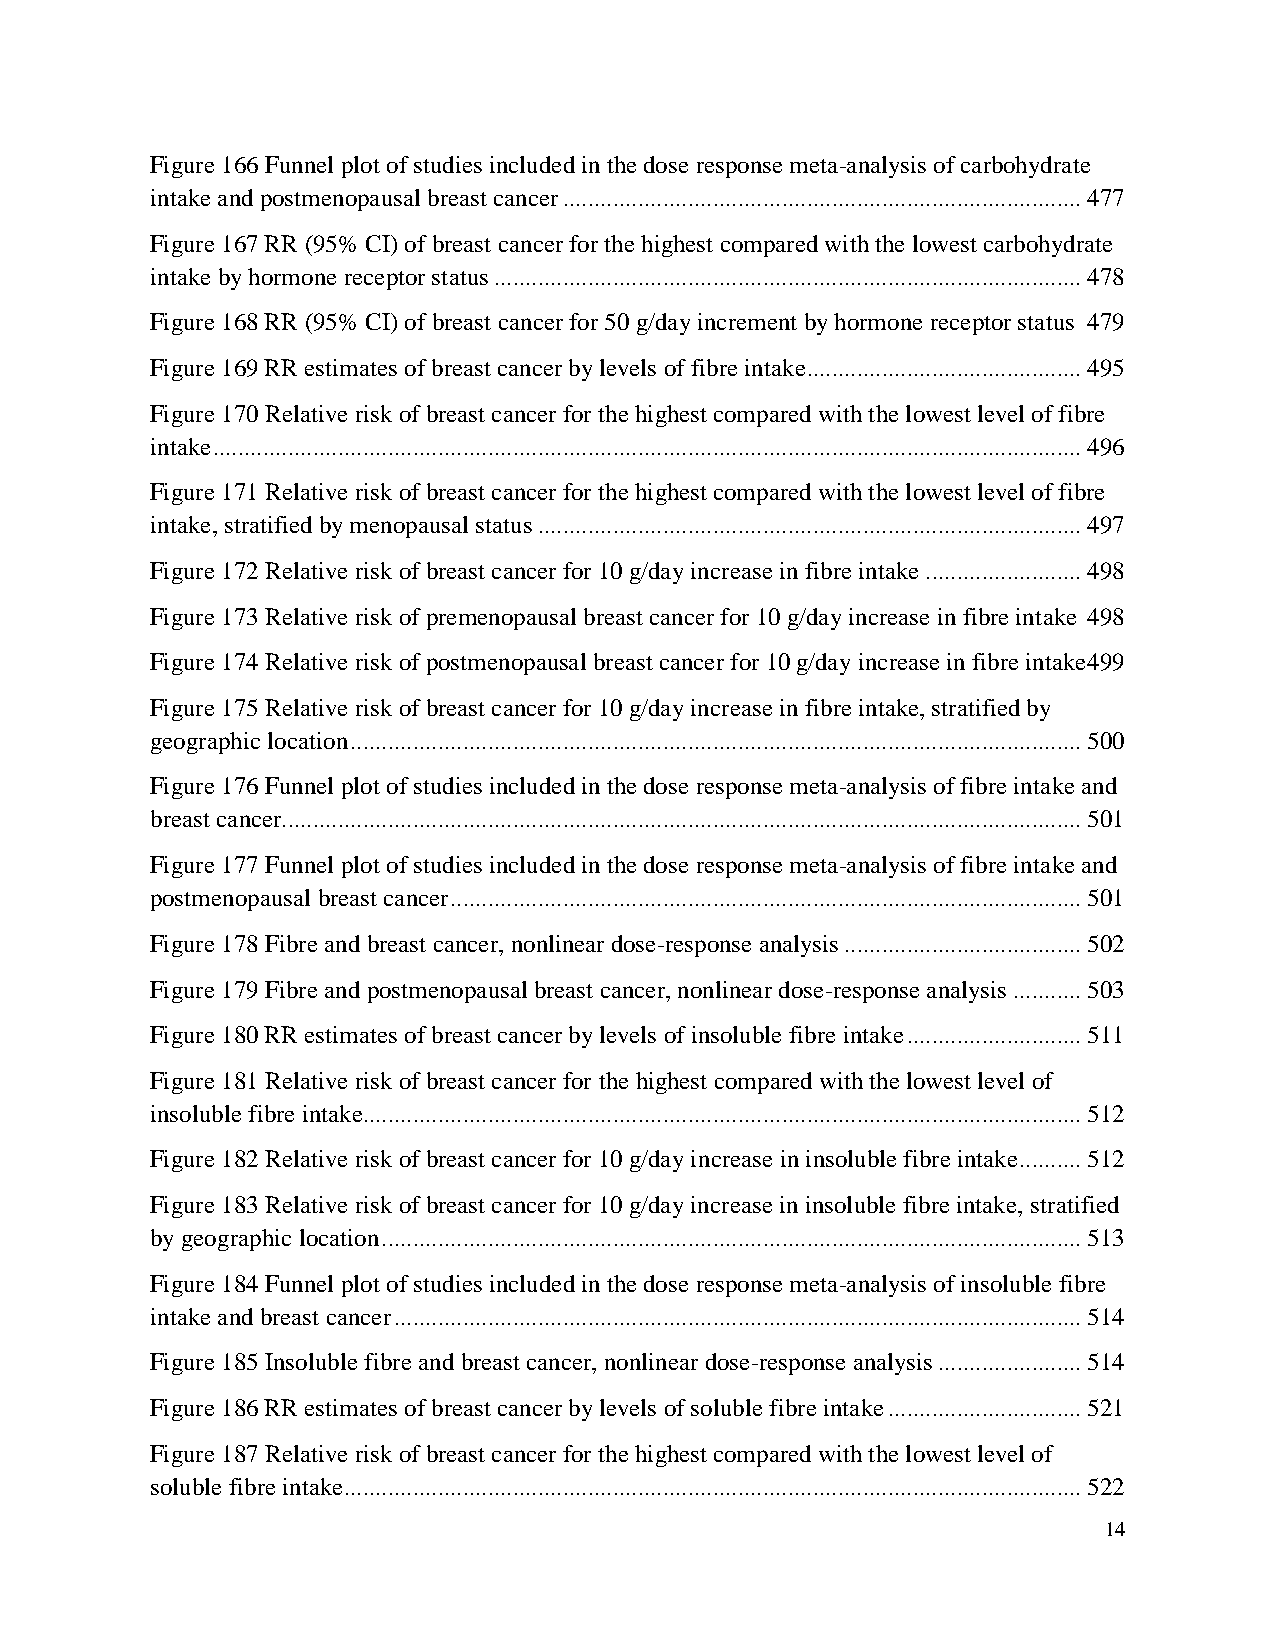
Figure 166 Funnel plot of studies included in the dose response meta-analysis of carbohydrate
 intake and postmenopausal breast cancer ................................................................................... 477
 Figure 167 RR (95% CI) of breast cancer for the highest compared with the lowest carbohydrate
 intake by hormone receptor status .............................................................................................. 478
 Figure 168 RR (95% CI) of breast cancer for 50 g/day increment by hormone receptor status 479
 Figure 169 RR estimates of breast cancer by levels of fibre intake............................................ 495
 Figure 170 Relative risk of breast cancer for the highest compared with the lowest level of fibre
 intake ........................................................................................................................................... 496
 Figure 171 Relative risk of breast cancer for the highest compared with the lowest level of fibre
 intake, stratified by menopausal status ....................................................................................... 497
 Figure 172 Relative risk of breast cancer for 10 g/day increase in fibre intake ......................... 498
 Figure 173 Relative risk of premenopausal breast cancer for 10 g/day increase in fibre intake 498
 Figure 174 Relative risk of postmenopausal breast cancer for 10 g/day increase in fibre intake499
 Figure 175 Relative risk of breast cancer for 10 g/day increase in fibre intake, stratified by
 geographic location ..................................................................................................................... 500
 Figure 176 Funnel plot of studies included in the dose response meta-analysis of fibre intake and
 breast cancer................................................................................................................................ 501
 Figure 177 Funnel plot of studies included in the dose response meta-analysis of fibre intake and
 postmenopausal breast cancer ..................................................................................................... 501
 Figure 178 Fibre and breast cancer, nonlinear dose-response analysis ...................................... 502
 Figure 179 Fibre and postmenopausal breast cancer, nonlinear dose-response analysis ........... 503
 Figure 180 RR estimates of breast cancer by levels of insoluble fibre intake ............................ 511
 Figure 181 Relative risk of breast cancer for the highest compared with the lowest level of
 insoluble fibre intake................................................................................................................... 512
 Figure 182 Relative risk of breast cancer for 10 g/day increase in insoluble fibre intake .......... 512
 Figure 183 Relative risk of breast cancer for 10 g/day increase in insoluble fibre intake, stratified
 by geographic location ................................................................................................................ 513
 Figure 184 Funnel plot of studies included in the dose response meta-analysis of insoluble fibre
 intake and breast cancer .............................................................................................................. 514
 Figure 185 Insoluble fibre and breast cancer, nonlinear dose-response analysis ....................... 514
 Figure 186 RR estimates of breast cancer by levels of soluble fibre intake ............................... 521
 Figure 187 Relative risk of breast cancer for the highest compared with the lowest level of
 soluble fibre intake ...................................................................................................................... 522
 14